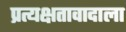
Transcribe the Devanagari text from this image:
प्रत्यक्षतावादाला